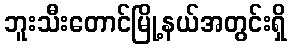
ဘူးသီးတောင်မြို့နယ်အတွင်းရှိ